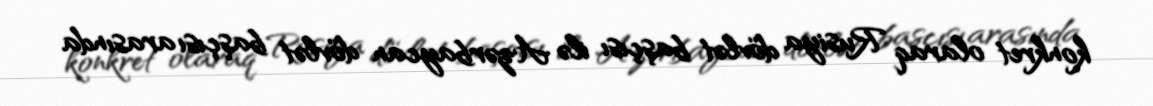
konkret olaraq Rusiya dövlət başçısı ilə Azərbaycan dövlət başçısı arasında